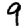
Digit: 9